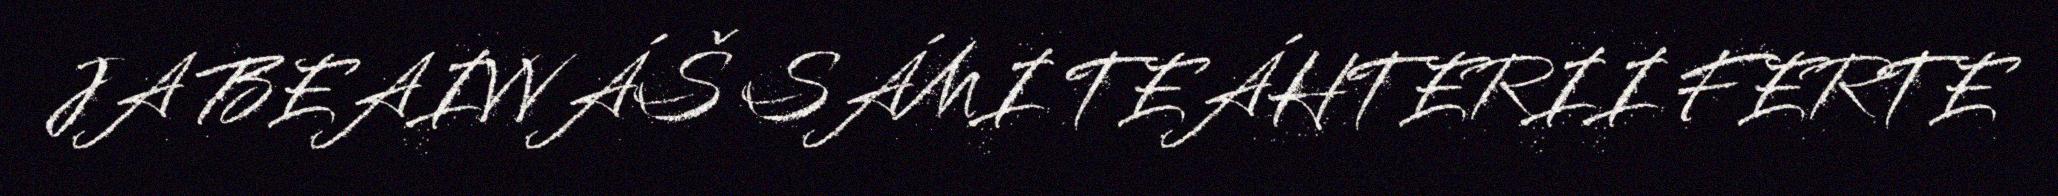
JA BEAIVVÁŠ SÁMI TEÁHTERII FERTE